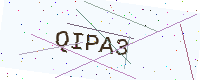
Text: QIPA3